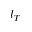
l _ { T }